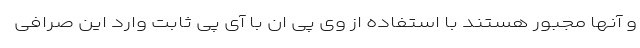
و آنها مجبور هستند با استفاده از وی پی ان با آی پی ثابت وارد این صرافی